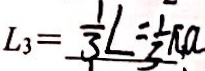
L _ { 3 } = \frac { 1 } { 3 } L = \frac { 1 } { 3 } \pi a